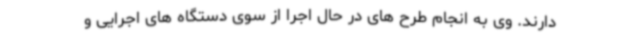
دارند. وی به انجام طرح های در حال اجرا از سوی دستگاه های اجرایی و